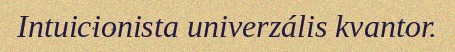
Intuicionista univerzális kvantor.